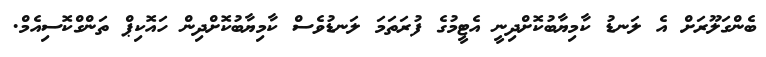
ބެންގަލޫރަށް އެ ލަނޑު ކާމިޔާބުކޮށްދިނީ އެޓީމުގެ ފުރަތަމަ ލަނޑުވެސް ކާމިޔާބުކޮށްދިން ހައޮކިޕް ތަންގްކޮސިއެމް.